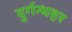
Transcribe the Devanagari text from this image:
दुर्गन्धहर